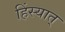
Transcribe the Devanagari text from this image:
हिंस्यात्‌